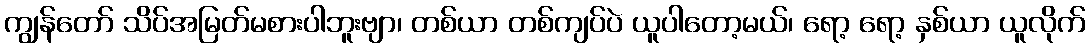
ကျွန်တော် သိပ်အမြတ်မစားပါဘူးဗျာ၊ တစ်ယာ တစ်ကျပ်ပဲ ယူပါတော့မယ်၊ ရော့ ရော့ နှစ်ယာ ယူလိုက်